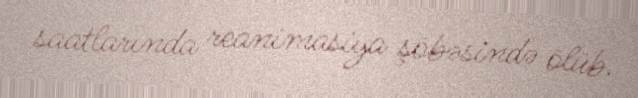
saatlarında reanimasiya şöbəsində ölüb.